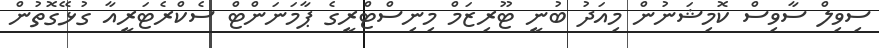
ސިވިލް ސާވިސް ކޮމިޝަނުން މިއަދު ބުނީ ޓޫރިޒަމް މިނިސްޓްރީގެ ޕާމަނަންޓް ސެކްރެޓަރީއާ ގުޅޭގޮތުން